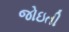
જોઇતી